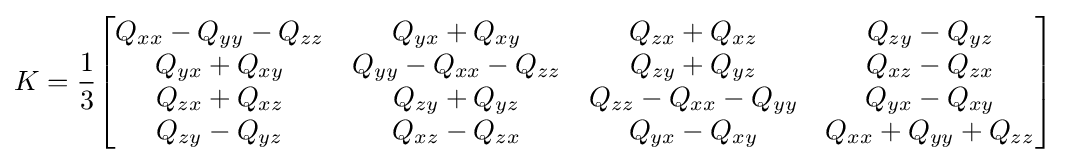
K={\frac {1}{3}}{\begin{bmatrix}Q_{xx}-Q_{yy}-Q_{zz}&Q_{yx}+Q_{xy}&Q_{zx}+Q_{xz}&Q_{zy}-Q_{yz}\\Q_{yx}+Q_{xy}&Q_{yy}-Q_{xx}-Q_{zz}&Q_{zy}+Q_{yz}&Q_{xz}-Q_{zx}\\Q_{zx}+Q_{xz}&Q_{zy}+Q_{yz}&Q_{zz}-Q_{xx}-Q_{yy}&Q_{yx}-Q_{xy}\\Q_{zy}-Q_{yz}&Q_{xz}-Q_{zx}&Q_{yx}-Q_{xy}&Q_{xx}+Q_{yy}+Q_{zz}\end{bmatrix}}